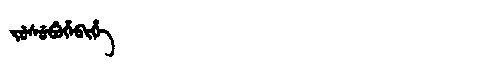
Manchu: ᠵᡠᠰᡠᠪᡠᡥᡝᠪᡳᡥᡝ
Romanization: JUSUBUHEBIHE